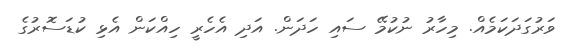
ވަރުގަދަކަމެއް. މިހާރު ނުކުމޭ ސައި ހަދަން. އަދި އެހެރީ ހިއްކަން އެޅި ކުޑަސޮރުގެ